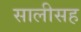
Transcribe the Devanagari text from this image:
सालीसह